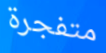
متفجرة